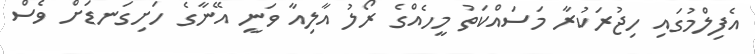
އެފިލްމުގައި ހިޖުރަކުރާ މަސައްކަތު މީހެއްގެ ރޯލު އާލިއާ ވަނީ އޭނާގެ ހަށިގަނޑަށް ވެސް